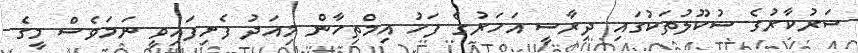
ސަރުކާރުގެ ސުކޫލުތަކުގައި ދިރާސީ އަހަރުގެ ފަހު އިމްތިހާން މިއަދު ފެށިފައިވީ ނަމަވެސް މީގެ